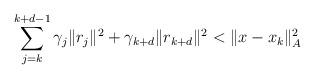
LaTeX: \begin{align*} \sum_{j=k}^{k+d-1}\gamma_{j}\|r_{j}\|^{2}+\gamma_{k+d}\Vert r_{k+d}\Vert^2< \|x-x_{k}\|_{A}^{2} \end{align*}